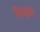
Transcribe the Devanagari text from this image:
पिस्सुटॉप